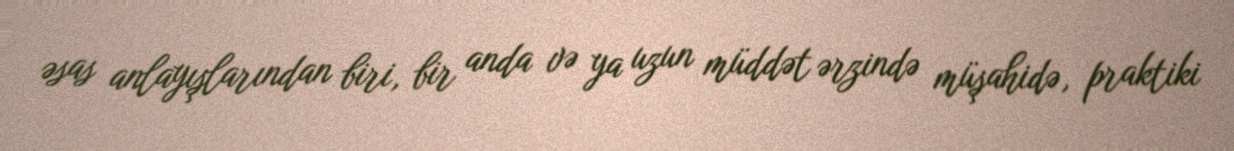
əsas anlayışlarından biri, bir anda və ya uzun müddət ərzində müşahidə, praktiki